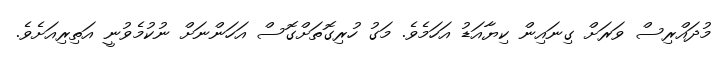
މުދައްރިސް ވަރަށް ގިނައިން ކިޔާއަޑު އަހަމެވެ. މަގު ހުރިގޮތަށްގޮސް އަހަންނަށް ނުކުމެވުނީ އަތިރިއަށެވެ.